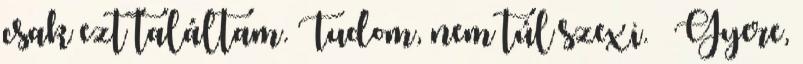
csak ezt találtam. Tudom, nem túl szexi. – Gyere,